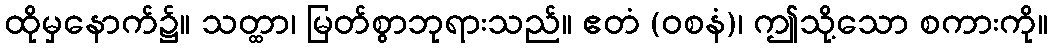
ထိုမှနောက်၌။ သတ္ထာ၊ မြတ်စွာဘုရားသည်။ ဧတံ (ဝစနံ)၊ ဤသို့သော စကားကို။